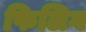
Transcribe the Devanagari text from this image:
फिलिग